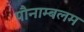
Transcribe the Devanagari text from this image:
पौनाम्बलम